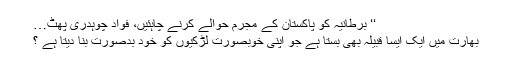
‘‘ برطانیہ کو پاکستان کے مجرم حوالے کرنے چاہئیں، فواد چوہدری پھٹ…
بھارت میں ایک ایسا قبیلہ بھی بستا ہے جو اپنی خوبصورت لڑکیوں کو خود بدصورت بنا دیتا ہے ؟